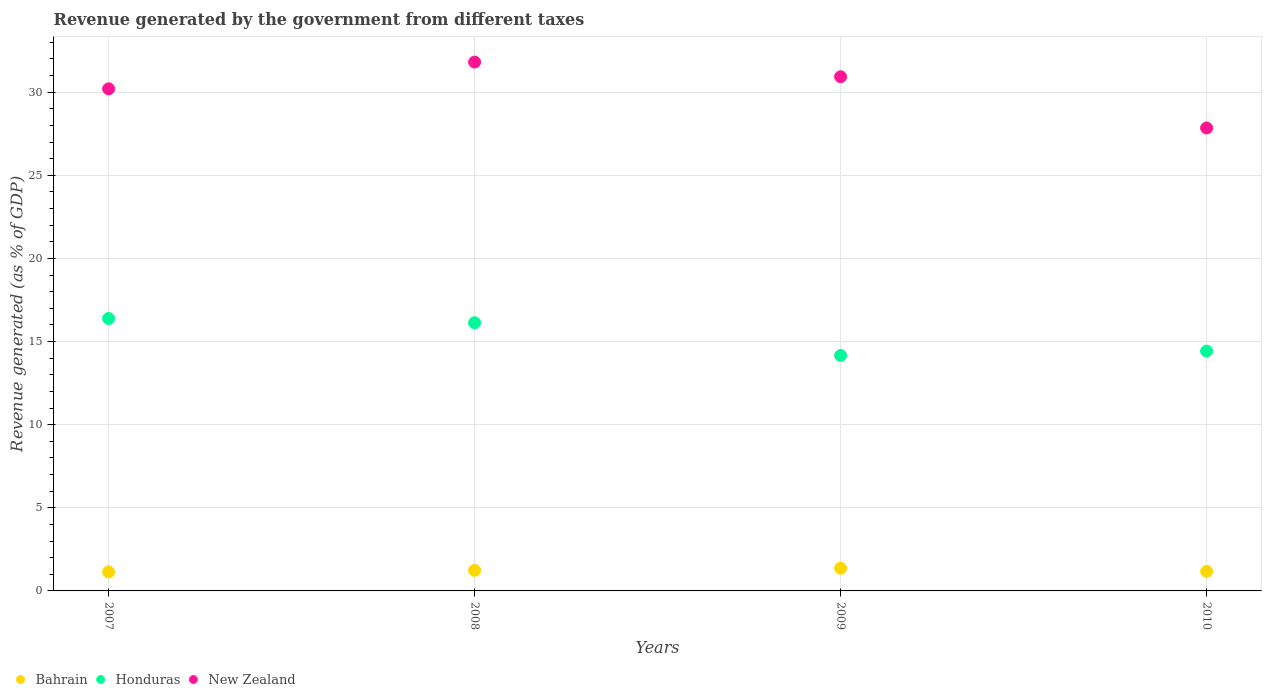
| Years | Bahrain | Honduras | New Zealand |
 | --- | --- | --- | --- |
 | 2007 | 1.15 | 16.4 | 30.2 |
 | 2008 | 1.24 | 16.1 | 31.8 |
 | 2009 | 1.36 | 14.2 | 30.9 |
 | 2010 | 1.18 | 14.4 | 27.8 |